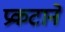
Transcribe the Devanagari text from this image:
प्रकटाने